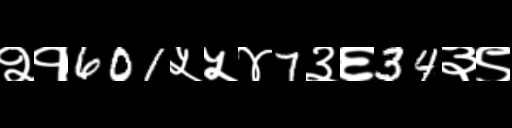
Text: २१601५५४7३६34३९